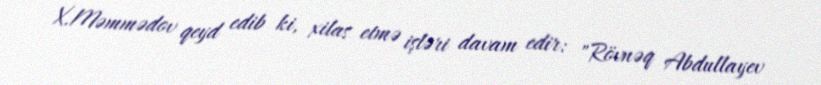
X.Məmmədov qeyd edib ki, xilas etmə işləri davam edir: "Rövnəq Abdullayev